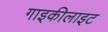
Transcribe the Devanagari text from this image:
गाइकीलाइट